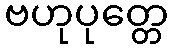
ဗဟုပုတ္တေ